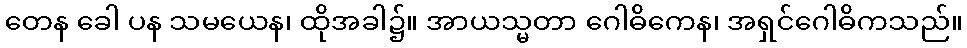
တေန ခေါ ပန သမယေန၊ ထိုအခါ၌။ အာယသ္မတာ ဂေါဓိကေန၊ အရှင်ဂေါဓိကသည်။